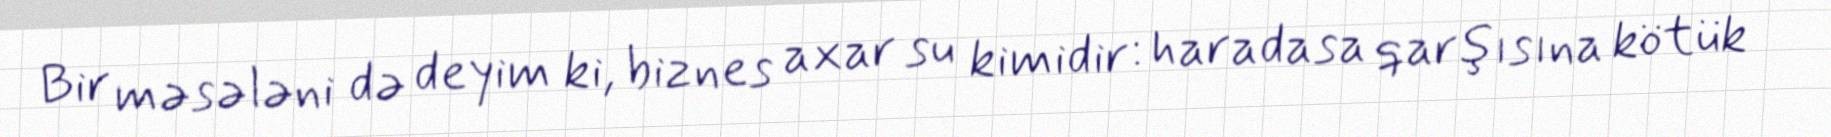
Bir məsələni də deyim ki, biznes axar su kimidir: haradasa qarşısına kötük